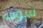
سوف